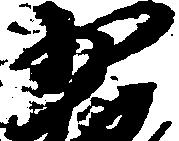
少